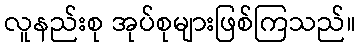
လူနည်းစု အုပ်စုများဖြစ်ကြသည်။